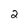
Character: 2